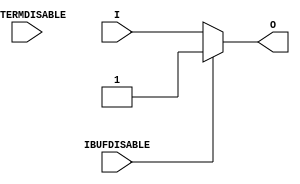
///////////////////////////////////////////////////////////////////////////////
//    Copyright (c) 1995/2011 Xilinx, Inc.
// 
//    Licensed under the Apache License, Version 2.0 (the "License");
//    you may not use this file except in compliance with the License.
//    You may obtain a copy of the License at
// 
//        http://www.apache.org/licenses/LICENSE-2.0
// 
//    Unless required by applicable law or agreed to in writing, software
//    distributed under the License is distributed on an "AS IS" BASIS,
//    WITHOUT WARRANTIES OR CONDITIONS OF ANY KIND, either express or implied.
//    See the License for the specific language governing permissions and
//    limitations under the License.
///////////////////////////////////////////////////////////////////////////////
//   ____  ____
//  /   /\/   /
// /___/  \  /    Vendor : Xilinx
// \   \   \/     Version : 13.1
//  \   \         Description : Xilinx Timing Simulation Library Component
//  /   /                  Input Buffer
// /___/   /\     Filename : IBUF_INTERMDISABLE.v
// \   \  /  \    Timestamp : Wed Apr 20 17:49:56 PDT 2011
//  \___\/\___\
//
// Revision:
//    04/20/11 - Initial version.
//    06/15/11 - CR 613347 -- made ouput logic_1 when IBUFDISABLE is active
//    08/31/11 - CR 623170 -- added attribute USE_IBUFDISABLE
//    09/20/11 - CR 624774, 625725 -- Removed attributes IBUF_DELAY_VALUE, IFD_DELAY_VALUE and CAPACITANCE
//    12/13/11 - Added `celldefine and `endcelldefine (CR 524859).
//    10/22/14 - Added #1 to $finish (CR 808642).
// End Revision

`timescale  1 ps / 1 ps


`celldefine

module IBUF_INTERMDISABLE (O, I, IBUFDISABLE, INTERMDISABLE);

    parameter IBUF_LOW_PWR = "TRUE";
    parameter IOSTANDARD = "DEFAULT";
    parameter SIM_DEVICE = "7SERIES";
    parameter USE_IBUFDISABLE = "TRUE";
`ifdef XIL_TIMING
    parameter LOC = "UNPLACED";
`endif // `ifdef XIL_TIMING
    
    output O;

    input  I;
    input  IBUFDISABLE;
    input  INTERMDISABLE;

// define constants
  localparam MODULE_NAME = "IBUF_INTERMDISABLE";

    wire out_val;
    initial begin
	

        case (IBUF_LOW_PWR)

            "FALSE", "TRUE" : ;
            default : begin
                          $display("Attribute Syntax Error : The attribute IBUF_LOW_PWR on IBUF_INTERMDISABLE instance %m is set to %s.  Legal values for this attribute are TRUE or FALSE.", IBUF_LOW_PWR);
                          #1 $finish;
                      end

        endcase

        if ((SIM_DEVICE != "7SERIES") &&
         (SIM_DEVICE != "ULTRASCALE") &&
         (SIM_DEVICE != "VERSAL_AI_CORE") &&
         (SIM_DEVICE != "VERSAL_AI_CORE_ES1") &&
         (SIM_DEVICE != "VERSAL_AI_CORE_ES2") &&
         (SIM_DEVICE != "VERSAL_AI_EDGE") &&
         (SIM_DEVICE != "VERSAL_AI_EDGE_ES1") &&
         (SIM_DEVICE != "VERSAL_AI_EDGE_ES2") &&
         (SIM_DEVICE != "VERSAL_AI_RF") &&
         (SIM_DEVICE != "VERSAL_AI_RF_ES1") &&
         (SIM_DEVICE != "VERSAL_AI_RF_ES2") &&
         (SIM_DEVICE != "VERSAL_HBM") &&
         (SIM_DEVICE != "VERSAL_HBM_ES1") &&
         (SIM_DEVICE != "VERSAL_HBM_ES2") &&
         (SIM_DEVICE != "VERSAL_PREMIUM") &&
         (SIM_DEVICE != "VERSAL_PREMIUM_ES1") &&
         (SIM_DEVICE != "VERSAL_PREMIUM_ES2") &&
         (SIM_DEVICE != "VERSAL_PRIME") &&
         (SIM_DEVICE != "VERSAL_PRIME_ES1") &&
         (SIM_DEVICE != "VERSAL_PRIME_ES2")) begin
      $display("Error: [Unisim %s-103] SIM_DEVICE attribute is set to %s.  Legal values for this attribute are 7SERIES, ULTRASCALE, VERSAL_AI_CORE, VERSAL_AI_CORE_ES1, VERSAL_AI_CORE_ES2, VERSAL_AI_EDGE, VERSAL_AI_EDGE_ES1, VERSAL_AI_EDGE_ES2, VERSAL_AI_RF, VERSAL_AI_RF_ES1, VERSAL_AI_RF_ES2, VERSAL_HBM, VERSAL_HBM_ES1, VERSAL_HBM_ES2, VERSAL_PREMIUM, VERSAL_PREMIUM_ES1, VERSAL_PREMIUM_ES2, VERSAL_PRIME, VERSAL_PRIME_ES1 or VERSAL_PRIME_ES2. Instance: %m", MODULE_NAME, SIM_DEVICE);
         #1 $finish;
    end
    end
   generate
       case (SIM_DEVICE)
         "7SERIES" : begin
                        assign out_val = 1'b1;
                     end
         default : begin
                        assign out_val = 1'b0;
                     end
        endcase
   endgenerate

    generate
       case (USE_IBUFDISABLE)
          "TRUE" :  begin
                        assign O = (IBUFDISABLE == 0)? I : (IBUFDISABLE == 1)? out_val  : 1'bx;
                    end
          "FALSE" : begin
                        assign O = I;
                    end
       endcase
    endgenerate

`ifdef XIL_TIMING
    specify

        (I => O) 		= (0:0:0,  0:0:0);
        (IBUFDISABLE => O)	= (0:0:0,  0:0:0);
        (INTERMDISABLE => O)	= (0:0:0,  0:0:0);

        specparam PATHPULSE$ = 0;

    endspecify
`endif // `ifdef XIL_TIMING

endmodule

`endcelldefine